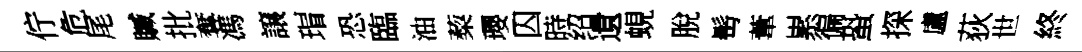
佇危尾贓批奪馮譲瑁恐臨油蔾瓔囚時绍遺蜆脫髩葦累徧蛩探盧荻世終